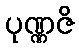
ပုဏ္ဏဇိ